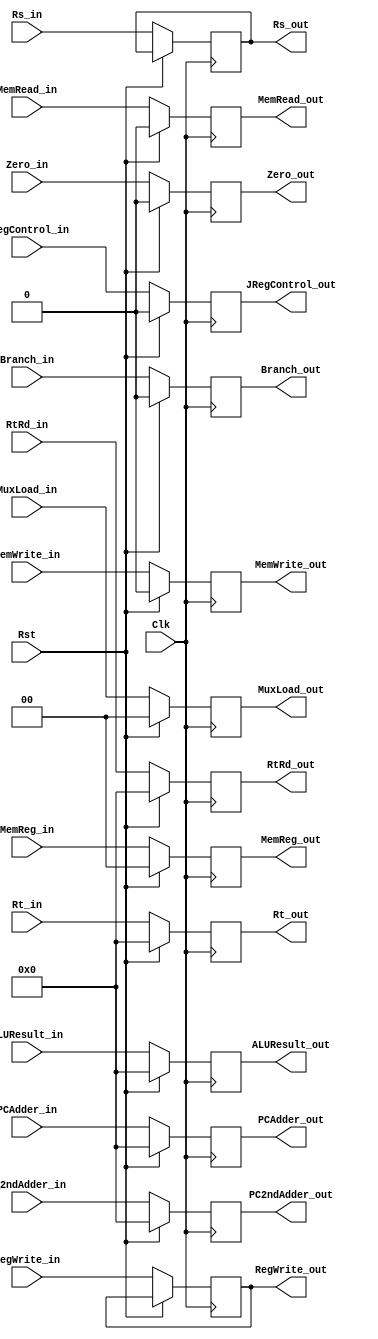
`timescale 1ns / 1ps

module EX_MEM_Reg(Clk, Rst,
                     Branch_in, MemRead_in, MemWrite_in,	// M
                     RegWrite_in, MemReg_in, MuxLoad_in,                // WB
                     Branch_out, MemRead_out, MemWrite_out,	// M
                     RegWrite_out, MemReg_out, MuxLoad_out,              // WB
                     PCAdder_in, PCAdder_out,
                     PC2ndAdder_in, RtRd_out,
                     Zero_in, Zero_out,
                     ALUResult_in, ALUResult_out,
                     Rt_in, RtRd_in,
                     Rt_out, PC2ndAdder_out, JRegControl_in, JRegControl_out,
                     Rs_in, Rs_out);

	
	input Clk, Rst;	

	// M
	input Branch_in, MemRead_in, MemWrite_in, JRegControl_in;
    reg ReadBranch, ReadMemRead, ReadMemWrite, ReadJRegControl;
	output reg Branch_out, MemRead_out, MemWrite_out, JRegControl_out;
	
	// WB
	input RegWrite_in; input [1:0] MemReg_in, MuxLoad_in;
    reg ReadRegWrite; reg [1:0] ReadMemReg, ReadMuxLoad;
	output reg RegWrite_out; output reg [1:0] MemReg_out, MuxLoad_out;

	input [31:0] PCAdder_in, PC2ndAdder_in, ALUResult_in, Rt_in, RtRd_in, Rs_in; 
    reg [31:0] ReadPCAdder, ReadPC2ndAdder, ReadALUResult, ReadRt, ReadRtRd;
	output reg [31:0] PCAdder_out, PC2ndAdder_out, ALUResult_out, Rt_out, RtRd_out, Rs_out;
	input Zero_in;
    reg ReadZero;
	output reg Zero_out;

//    always@(negedge Clk)begin
//        ReadBranch <= Branch_in; 
//        ReadMemRead <= MemRead_in; 
//        ReadMemWrite <= MemWrite_in;
//        ReadRegWrite <= RegWrite_in;
//        ReadMemReg <= MemReg_in;
//        ReadMuxLoad <= MuxLoad_in;
//        ReadPCAdder <= PCAdder_in;
//        ReadPC2ndAdder <= PC2ndAdder_in;
//        ReadALUResult <= ALUResult_in;
//        ReadRt <= Rt_in;
//        ReadRtRd <= RtRd_in;
//        ReadZero <= Zero_in;
//        ReadJRegControl <= JRegControl_in;
//    end
    
	always@(posedge Clk) begin
	   if(Rst == 1) begin
            Branch_out <= 0;
            MemRead_out <= 0;
            MemWrite_out <= 0;
            MemReg_out <= 0;
            MuxLoad_out <= 0;
            PCAdder_out <= 0;
            PC2ndAdder_out <= 0;
            ALUResult_out <= 0;
            Rt_out <= 0;
            RtRd_out <= 0;
            Zero_out <= 0;
            JRegControl_out <= 0;
        end
	    
	    else begin
            Branch_out <= Branch_in;
            MemRead_out <= MemRead_in;
            MemWrite_out <= MemWrite_in;
            RegWrite_out <= RegWrite_in;
            MemReg_out <= MemReg_in;
            MuxLoad_out <= MuxLoad_in;
            PCAdder_out <= PCAdder_in;
            PC2ndAdder_out <= PC2ndAdder_in;
            ALUResult_out <= ALUResult_in;
            Rt_out <= Rt_in;
            Rs_out <= Rs_in;
            RtRd_out <= RtRd_in;
            Zero_out <= Zero_in;
            JRegControl_out <= JRegControl_in;
        end
	end

endmodule